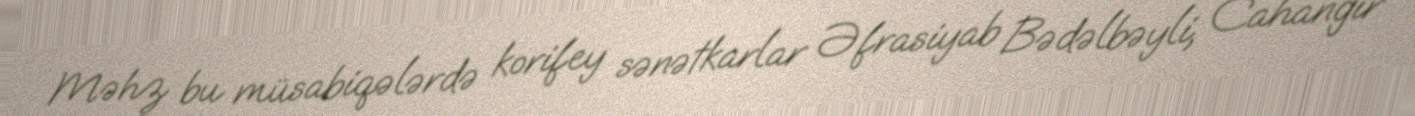
Məhz bu müsabiqələrdə korifey sənətkarlar Əfrasiyab Bədəlbəyli, Cahangir